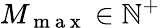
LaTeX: M_{\mathrm{~m~a~x~}}\in\mathbb{N}^{+}